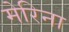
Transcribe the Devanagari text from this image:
मेरिना